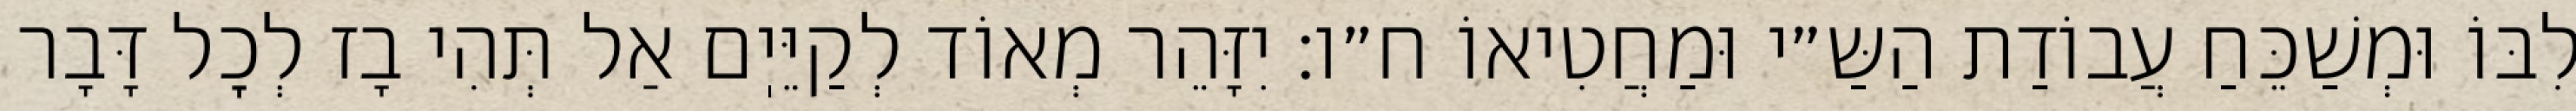
לִבּוֹ וּמְשַׁכֵּחַ עֲבוֹדַת הַשַּ״י וּמַחֲטִיאוֹ ח״ו: יִזָּהֵר מְאוֹד לְקַיֵּיֽם אַל תְּהִי בָז לְכׇל דָּבָר